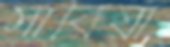
সারিয়া